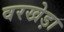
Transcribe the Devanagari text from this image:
वरखेड़ा